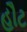
હૌટ